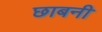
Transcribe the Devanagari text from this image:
छाबनी